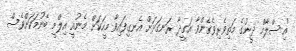
"އިސްލާމް ދީނުގެ މަތިވެރިވެގެންވާ އަގީދާ ރަނގަޅަށް އެނގިފައިވާ މީހަކަށް މެނުއީ އިލްމީ ބޭނުމަކަށްވެސް